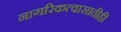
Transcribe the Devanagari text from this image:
नागरिकत्वासाठीही